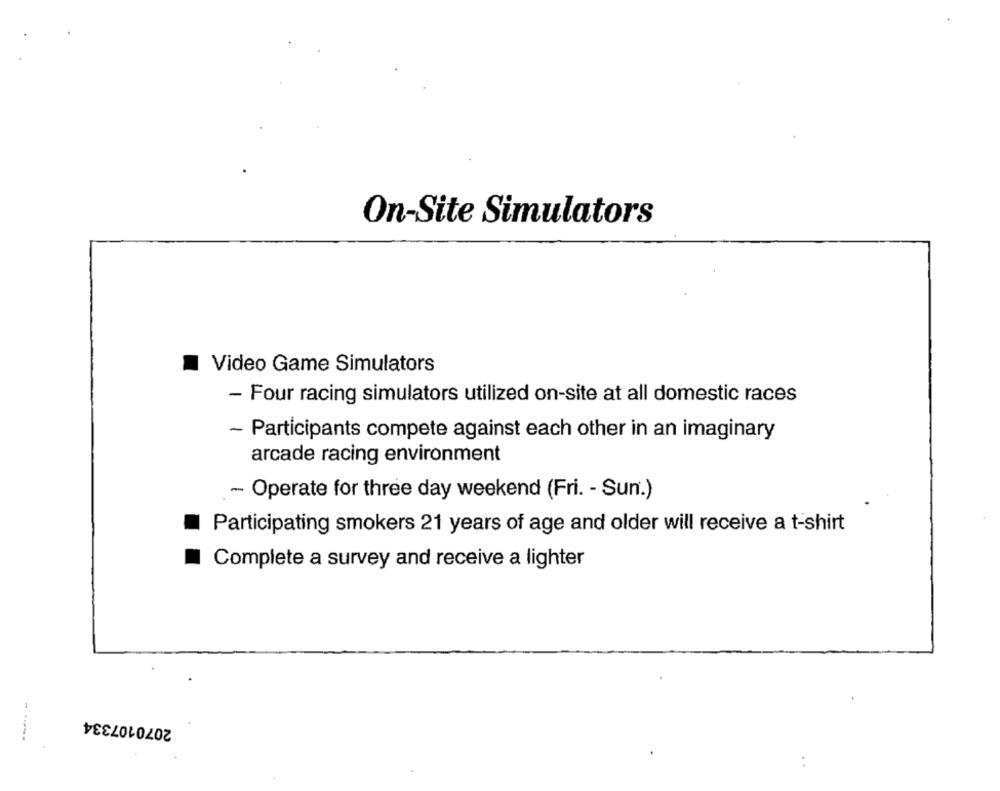
On-Site Simulators
Video Game Simulators
- Four racing simulators utilized on-site at all domestic races
~ Participants compete against each other in an imaginary
arcade racing environment
- Operate for three day weekend (Fri. - Sun.)
Participating smokers 21 years of age and older will receive a t-shirt
Complete a survey and receive a lighter
2070107334
..